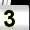
Digit: 3